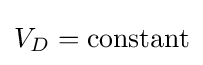
V_{D}=\mathrm {constant}